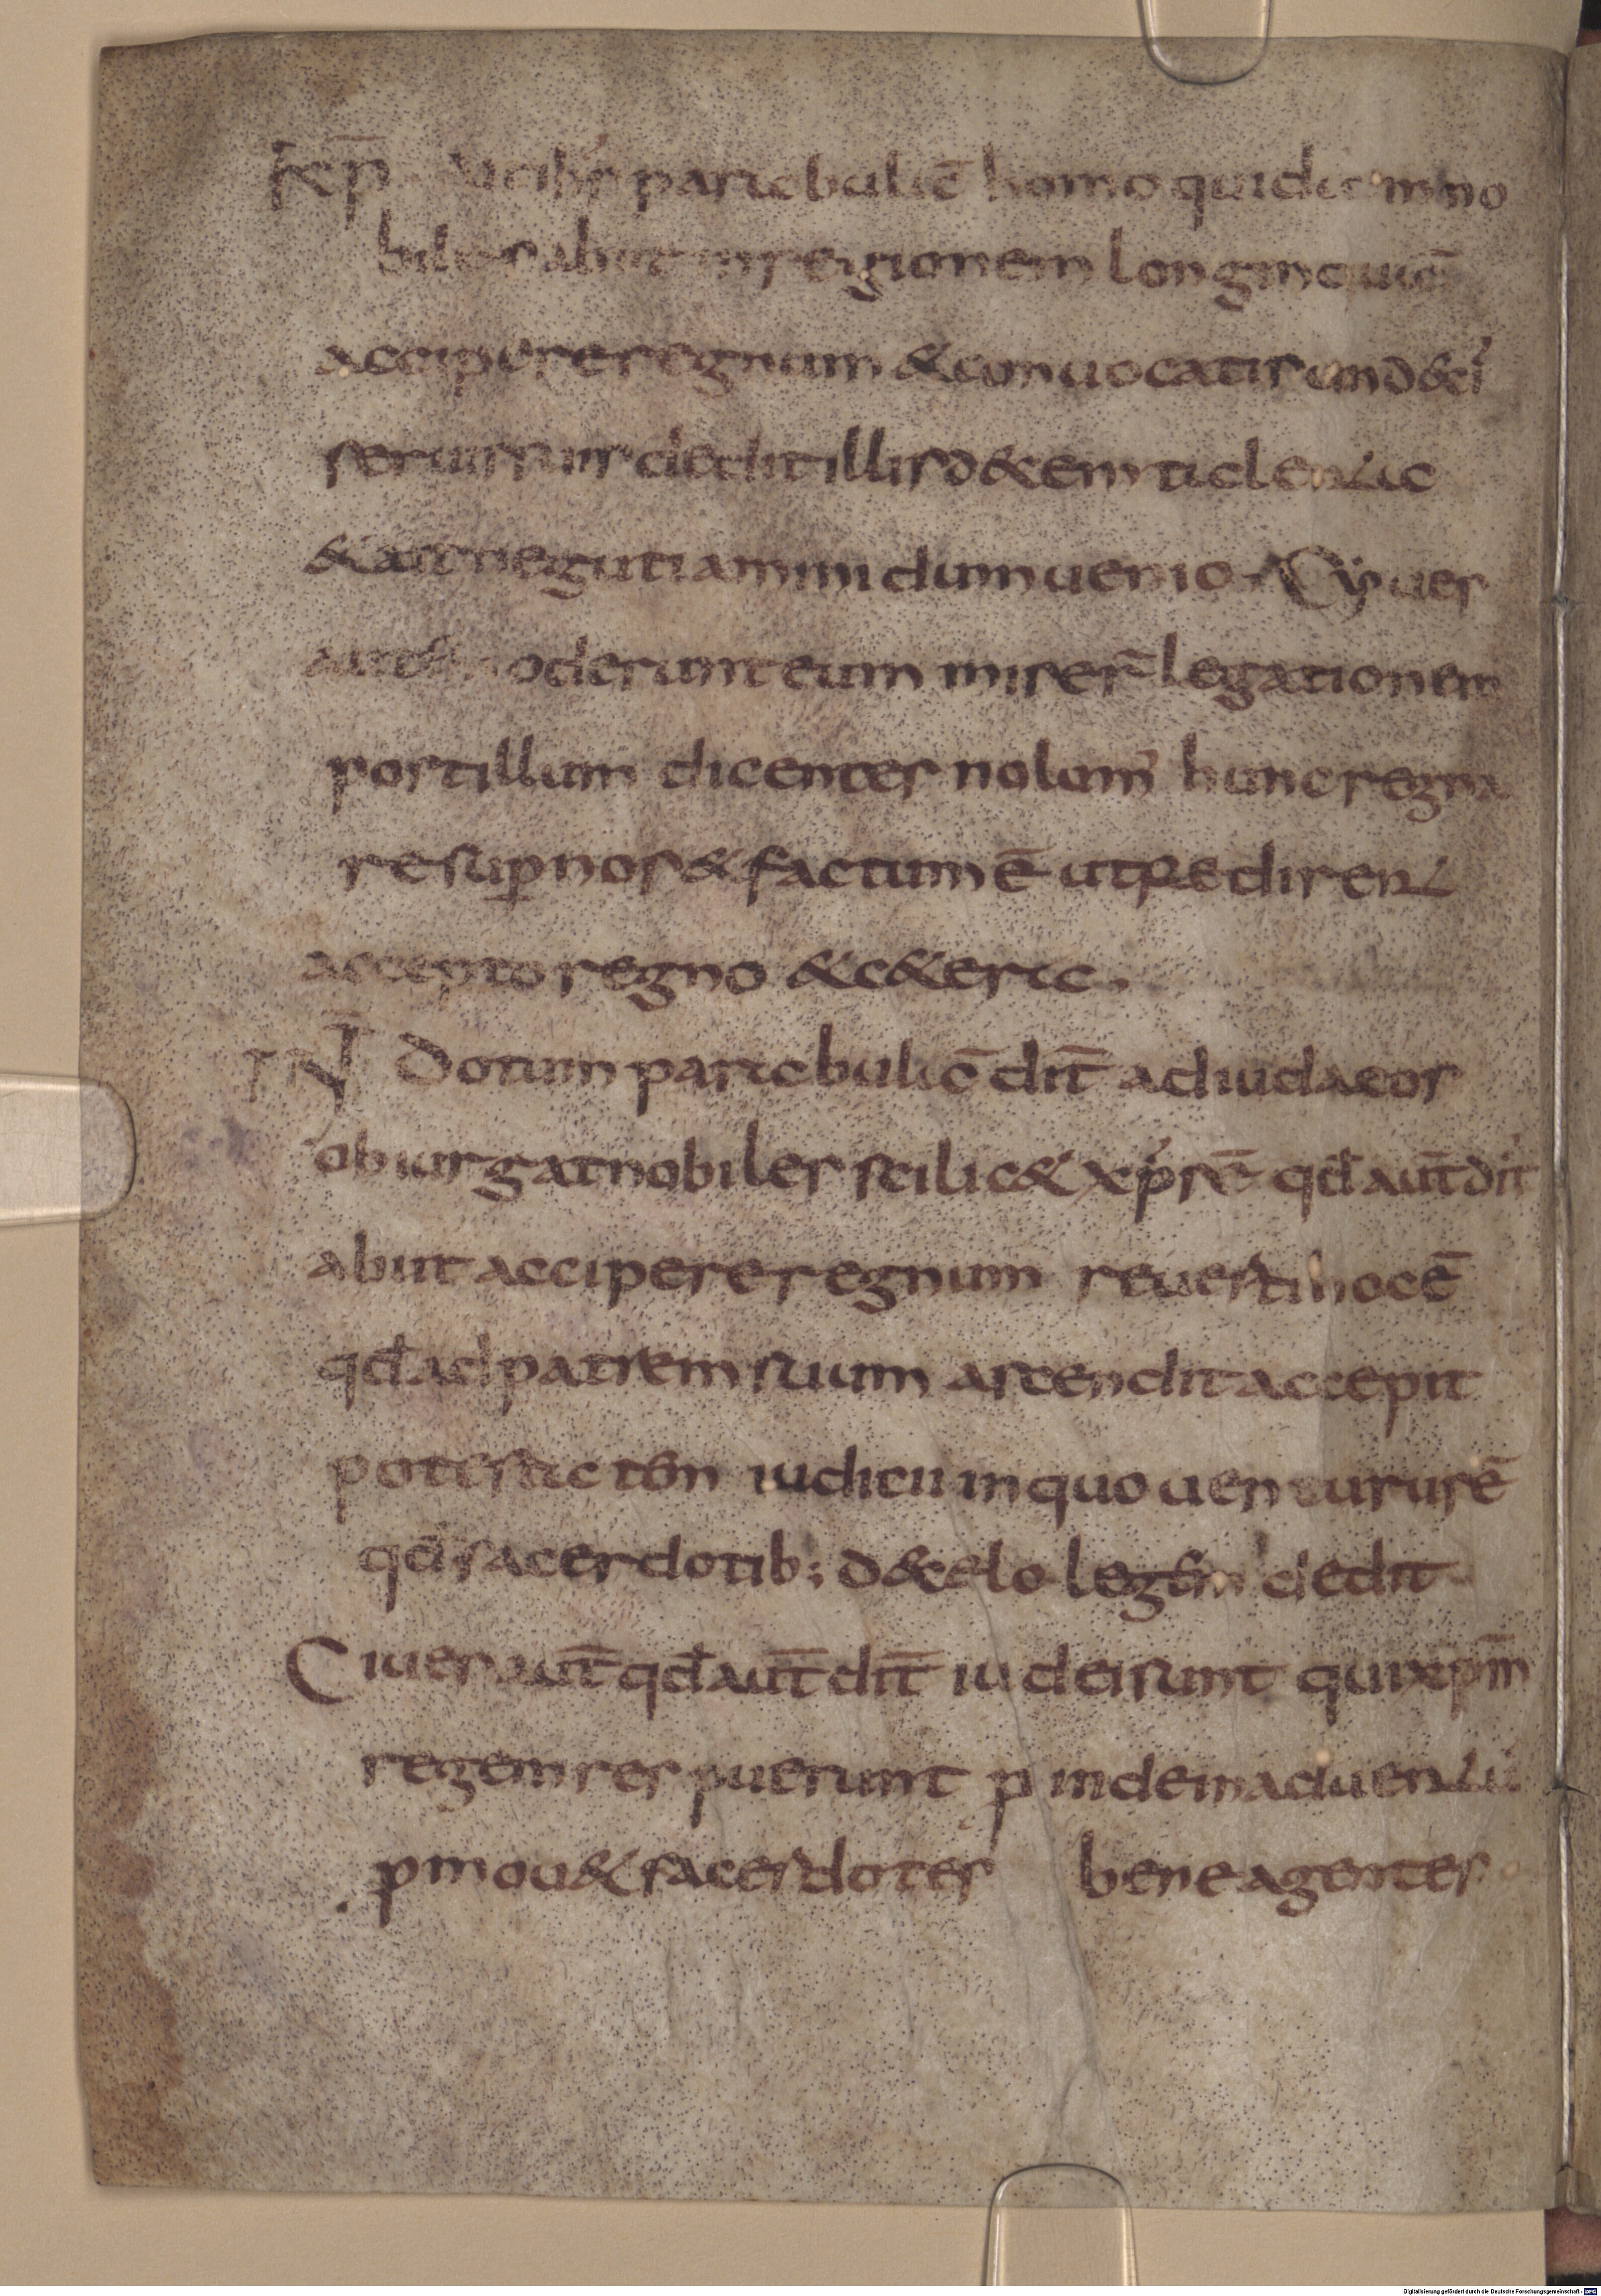
Shelfmark: Munich, Bayerische Staatsbibliothek, Clm 6434
Century: 8